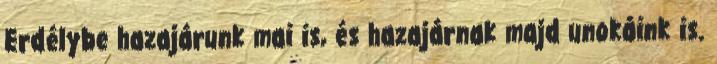
Erdélybe hazajárunk mai is, és hazajárnak majd unokáink is.